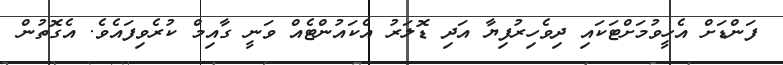
ފަންޑަށް އެހީވުމަށްޓަކައި ދިވެހިރުފިޔާ އަދި ޑޮލަރު އެކައުންޓެއް ވަނީ ގާއިމް ކުރެވިފައެވެ. އެގޮތުން